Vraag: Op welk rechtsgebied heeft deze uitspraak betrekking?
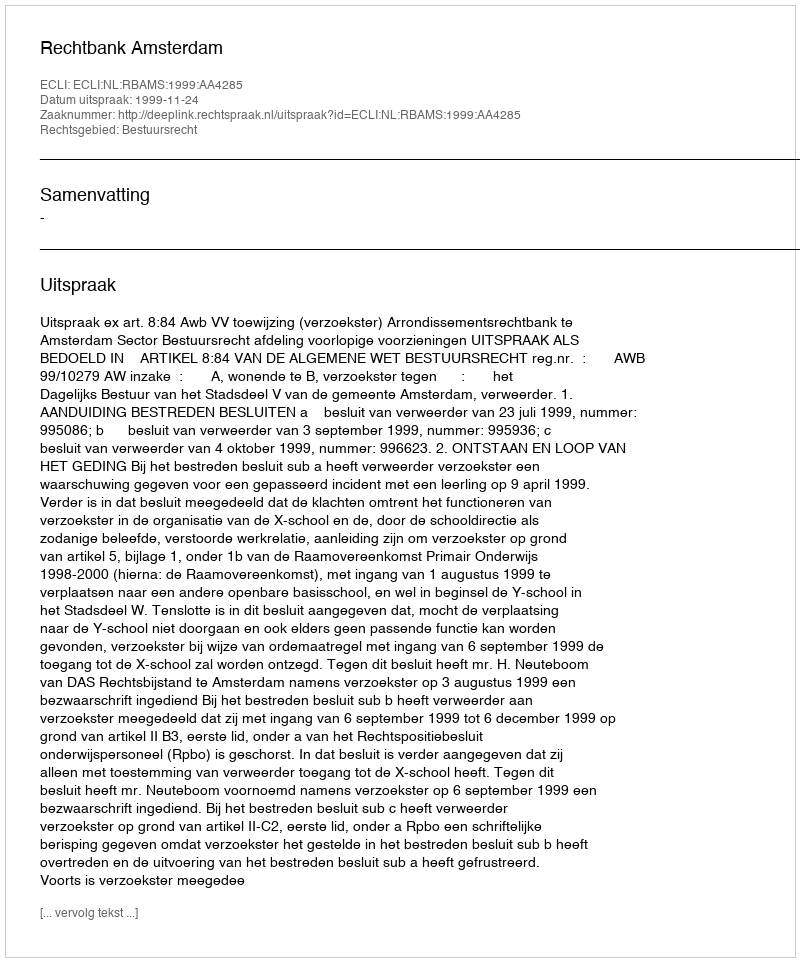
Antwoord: Bestuursrecht